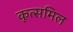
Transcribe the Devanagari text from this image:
कूत्समिल